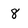
Character: 8